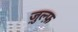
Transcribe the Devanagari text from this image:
ज़ुल्फ़